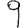
Digit: 9